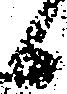
日